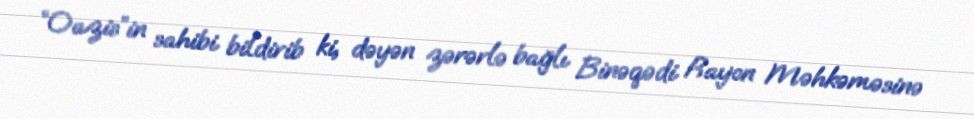
“Oazis”in sahibi bildirib ki, dəyən zərərlə bağlı Binəqədi Rayon Məhkəməsinə